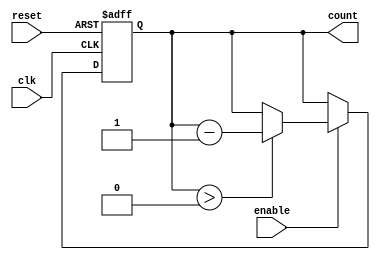
module down_counter (
    input wire clk,          // Clock input
    input wire enable,       // Enable signal
    input wire reset,        // Asynchronous reset signal
    output reg [3:0] count   // 4-bit count output
);

    // Define the maximum count value (for a 4-bit counter, max is 15)
    parameter MAX_COUNT = 4'b1111;

    // Always block for asynchronous reset and synchronous counting
    always @(posedge clk or posedge reset) begin
        if (reset) begin
            count <= MAX_COUNT; // Reset to maximum count value
        end else if (enable) begin
            if (count > 0) begin
                count <= count - 1; // Decrement count
            end
            // If count is 0, it will stay at 0 (no wrap-around)
        end
        // If enable is low, count retains its value (no action needed)
    end

    // Initialize count to MAX_COUNT on simulation start
    initial begin
        count = MAX_COUNT;
    end

endmodule